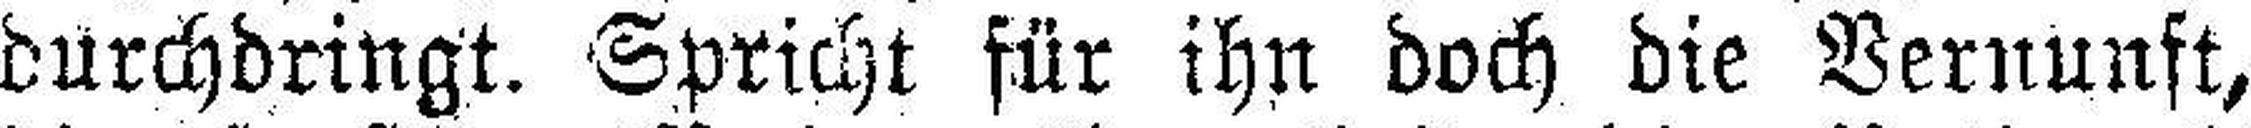
durchdringt. Spricht für ihn doch die Vernunft,